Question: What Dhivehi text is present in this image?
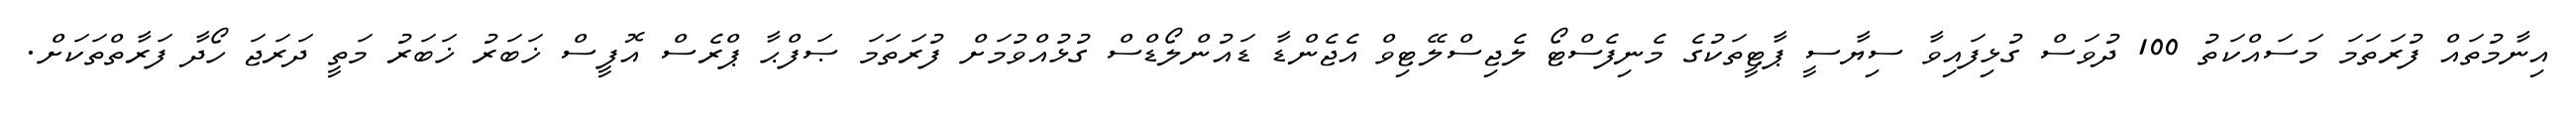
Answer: އިނާމުތައް ފުރަތަމަ މަސައްކަތު 100 ދުވަސް ގުޅިފައިވާ ސިޔާސީ ޕާޓީތަކުގެ މެނިފެސްޓޯ ލެޖިސްލޭޓިވް އެޖެންޑާ ޑައުންލޯޑްސް ގުޅުއްވުމަށް ފުރަތަމަ ޞަފްޙާ ޕްރެސް އޮފީސް ޚަބަރު ޚަބަރު މަތީ ދަރަޖަ ހޯދާ ފަރާތްތަކަށް.